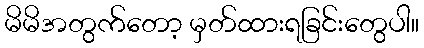
မိမိအတွက်တော့ မှတ်ထားရခြင်းတွေပါ။